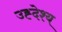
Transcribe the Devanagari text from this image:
उह्देश्य